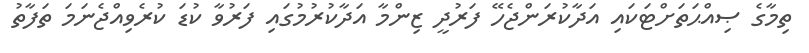
ތިމާގެ ޞިއްޙަތަށްޓަކައި އަދާކުރަންޖެހޭ ފަރުދީ ޒިންމާ އަދާކުރުމުގައި ފަރުވާ ކުޑަ ކުރެވިއްޖެނަމަ ތަފާތު